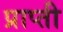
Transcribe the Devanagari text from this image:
प्राप्ती